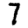
Digit: 7